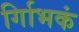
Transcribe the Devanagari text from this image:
र्गािभकं